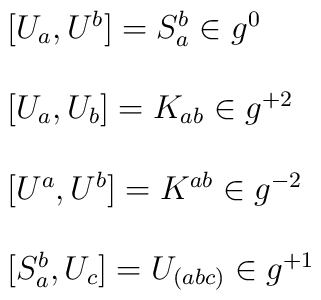
\begin{array}{l}{[}U_{a} , U^{b}{]} = S_{a}^{b} \in g^{0}  \\\ \\{[}U_{a} , U_{b}{]} = K_{ab} \in g^{+2}               \\\ \\{[}U^{a} , U^{b}{]} = K^{ab} \in g^{-2}             \\\ \\{[}S_{a}^{b} , U_{c}{]} = U_{(abc)} \in g^{+1}\end{array}